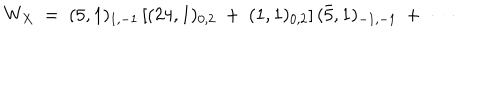
W _ { X } \ = \ ( 5 , 1 ) _ { 1 , - 1 } \left[ ( 2 4 , 1 ) _ { 0 , 2 } \ + \ ( 1 , 1 ) _ { 0 , 2 } \right] ( { \bar { 5 } } , 1 ) _ { - 1 , - 1 } \ + \ \cdots